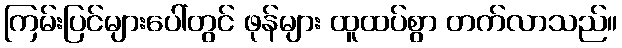
ကြမ်းပြင်များပေါ်တွင် ဖုန်များ ထူထပ်စွာ တက်လာသည်။